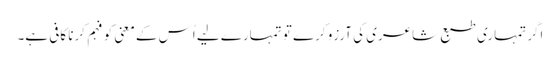
اگر تمہاری طبع شاعری کی آرزو کرے تو تمہارے لیے اُس کے معنی کو فہم کرنا کافی ہے۔